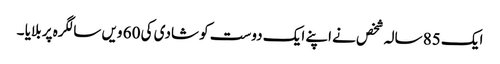
ایک 85 سالہ شخص نے اپنے ایک دوست کو شادی کی 60 ویں سالگرہ پر بلایا ۔